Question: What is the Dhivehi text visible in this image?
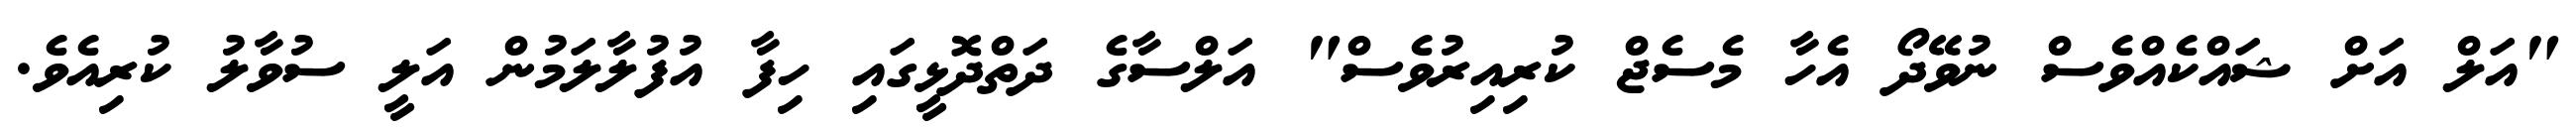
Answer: "އަލް އަށް ޝައްކެއްވެސް ނުވޭދޯ އެހާ މެސެޖް ކުރިއިރުވެސް" އަލްސާގެ ދަތްދޮޅީގައި ހިފާ އުފުލާލަމުން އަލީ ސުވާލު ކުރިއެވެ.